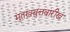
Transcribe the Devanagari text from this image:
मुतख़बुत्तवारीख